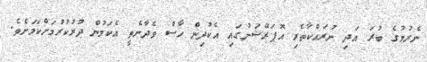
ނެރުމުގެ ބުރަ އަދި ނުރައްކާތެރި އޮޕަރޭޝަނުގައި އެކުދިން ހާސް ވެދާނެތީ އެކަމުން ދުރުކުރުމަށްކަމަށެވެ.